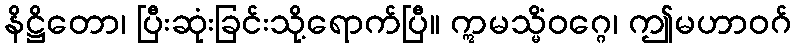
နိဋ္ဌိတော၊ ပြီးဆုံးခြင်းသို့ရောက်ပြီ။ ဣမသ္မိံဝဂ္ဂေ၊ ဤမဟာဝဂ်